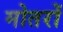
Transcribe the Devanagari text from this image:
मोतरों